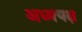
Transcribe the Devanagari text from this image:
अध्ययक्ष